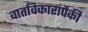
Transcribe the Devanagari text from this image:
वातविकारांपैकी